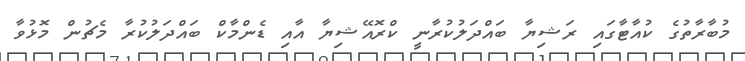
މުބާރާތުގެ ކުއާޓާގައި ރަޝިޔާ ބައްދަލުކުރާނީ ކްރޮއޭޝިޔާ އާއި ޑެންމާކް ބައްދަލުކުރާ މެޗުން މޮޅުވާ